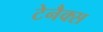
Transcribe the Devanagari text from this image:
टेनैक्स